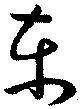
東